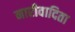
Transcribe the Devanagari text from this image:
नारीवादिता